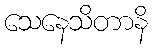
သေနေသိတာနိ